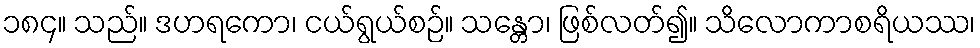
၁၈၄။ သည်။ ဒဟရကော၊ ငယ်ရွယ်စဉ်။ သန္တော၊ ဖြစ်လတ်၍။ သိလောကာစရိယဿ၊